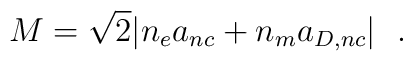
M=\sqrt2|n_e a_{nc}+n_m a_{D,nc}|\ \ .